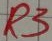
Text: R1